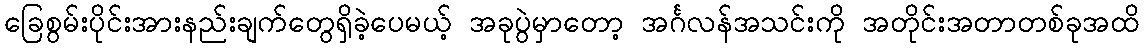
ခြေစွမ်းပိုင်းအားနည်းချက်တွေရှိခဲ့ပေမယ့် အခုပွဲမှာတော့ အင်္ဂလန်အသင်းကို အတိုင်းအတာတစ်ခုအထိ